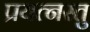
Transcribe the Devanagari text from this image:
प्रयत्नस्तु